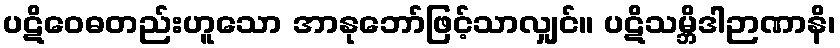
ပဋိဝေဓတည်းဟူသော အာနုဘော်ဖြင့်သာလျှင်။ ပဋိသမ္ဘိဒါဉာဏာနိ၊